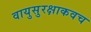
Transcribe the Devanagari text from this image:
वायुसुरक्षाकवच